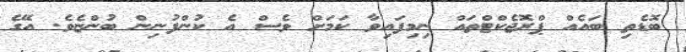
ބޮޑެތި ބައެއް ޕްރޮޖެކްޓްތައް ނިމިފައިވާ ކަމަށް ވެސް އެ ކުންފުނިން ބުންޏެވެ. އޭގެ